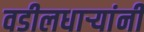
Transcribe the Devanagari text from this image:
वडीलधार्‍यांनी